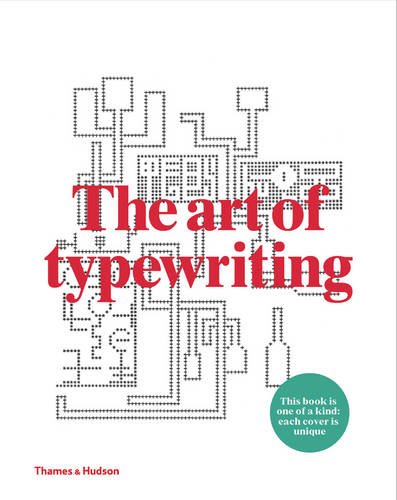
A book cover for The Art of Typewriting; Marvin Sackner; Arts & Photography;